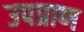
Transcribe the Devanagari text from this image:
उपप्राण